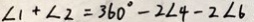
\angle 1 + \angle 2 = 3 6 0 ^ { \circ } - 2 \angle 4 - 2 \angle 6